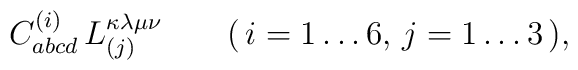
C^{(i)}_{abcd} \, L_{(j)}^{\kappa\lambda\mu\nu} \qquad (\, i=1 \ldots 6, \, j=1 \ldots 3 \,),